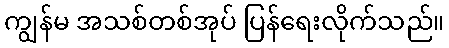
ကျွန်မ အသစ်တစ်အုပ် ပြန်ရေးလိုက်သည်။